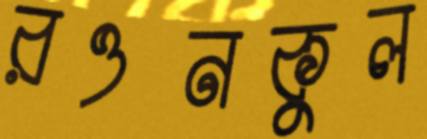
রওনকুল